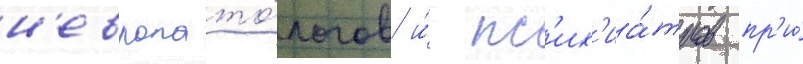
н'европато́логов и́ пс'их'иа́тров пр'и́